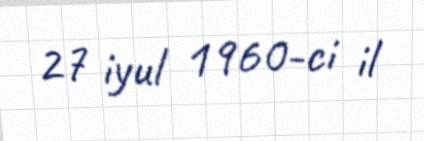
27 iyul 1960-ci il